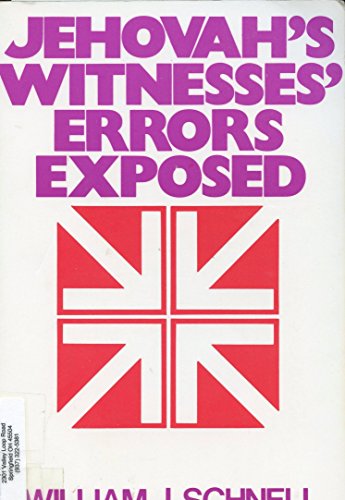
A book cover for Jehovah's Witnesses Error's Exposed; William J. Schnell; Christian Books & Bibles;